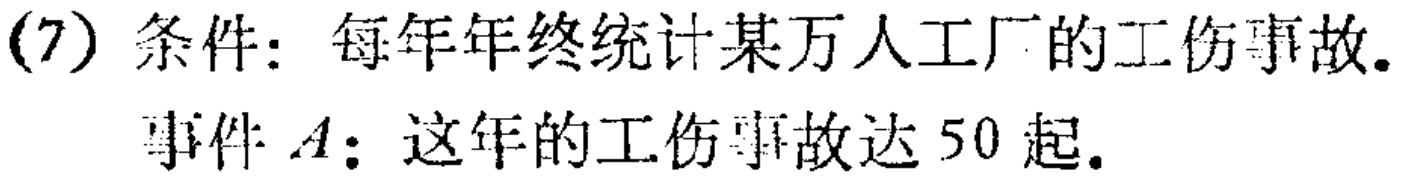
(7) 条件：每年年终统计某万人工厂的工伤事故.
事件\(A\)：这年的工伤事故达\(50\)起.